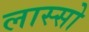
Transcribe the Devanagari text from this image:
लास्सो